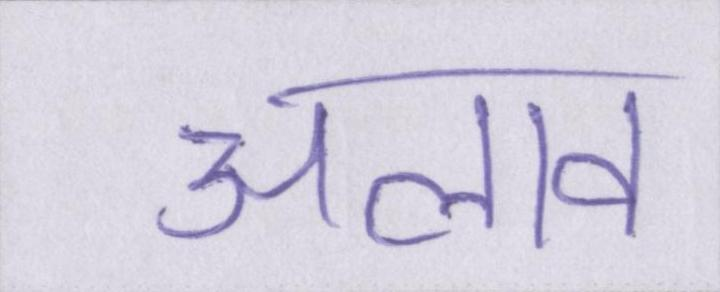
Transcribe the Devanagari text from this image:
अलाव